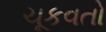
ચૂકવતો